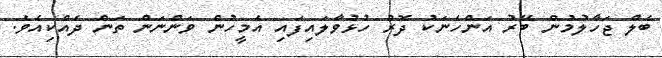
ބެލް ޖަހާލުމުން ބޭރު އަންހެނަކު ދޮރު ހުޅުވާލައިފައި އެމީހުން ވަންނަން ތަން ދެއްކިއެވެ.